38_143685_box_Incident_Summaries_101-172
Agency: Department of War
Page 98
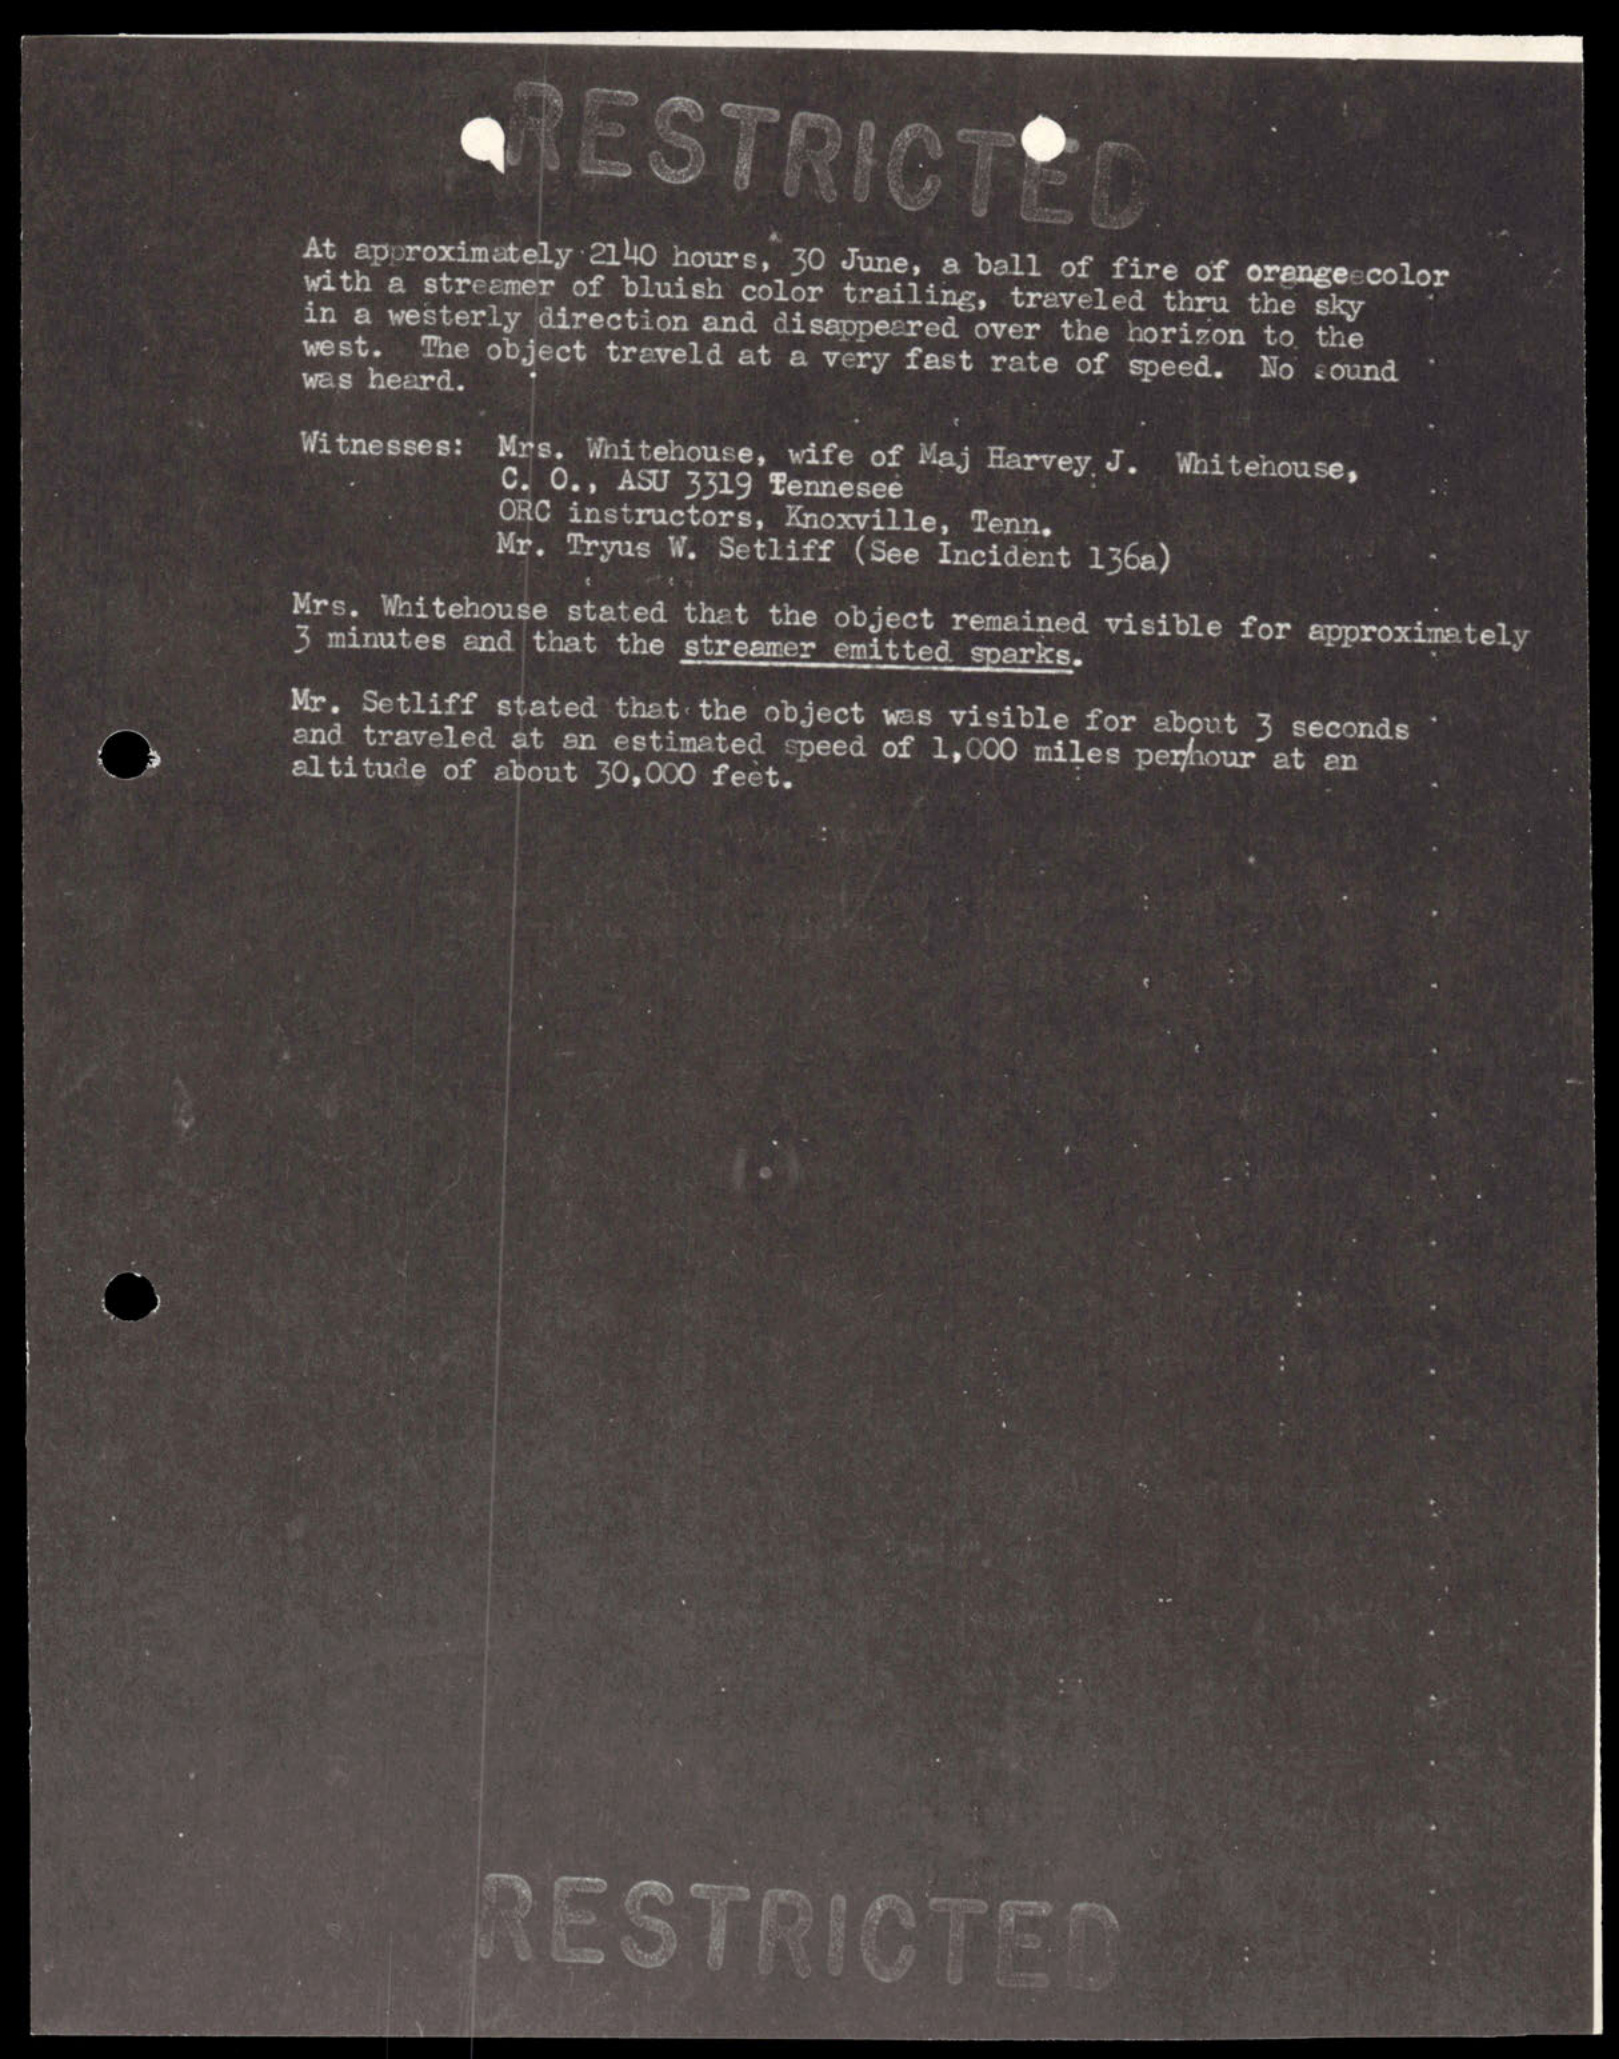